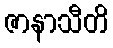
ဇာနာသီတိ